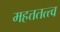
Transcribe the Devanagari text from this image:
महत्ततत्त्व